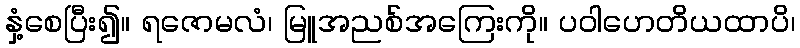
နှံ့စေပြီး၍။ ရဇောမလံ၊ မြူအညစ်အကြေးကို။ ပဝါဟေတိယထာပိ၊